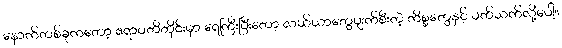
နောက်တစ်ခုကတော့ ဧရာဝတီတိုင်းမှာ ရေကြီးပြီးတော့ လယ်ယာတွေပျက်စီးတဲ့ ကိစ္စတွေနှင့် ပတ်သက်လို့ပေါ့။